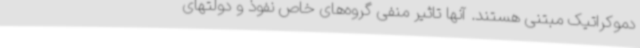
دموکراتیک مبتنی هستند. آنها تاثیر منفی گروه‌های خاص نفوذ و دولتهای